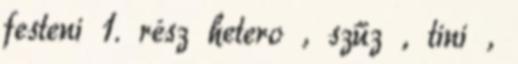
festeni 1. rész hetero , szűz , tini ,